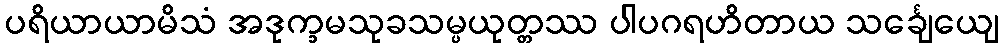
ပရိယာယာမိသံ အဒုက္ခမသုခသမ္ပယုတ္တဿ ပါပဂရဟိတာယ သင်္ချေယျေ